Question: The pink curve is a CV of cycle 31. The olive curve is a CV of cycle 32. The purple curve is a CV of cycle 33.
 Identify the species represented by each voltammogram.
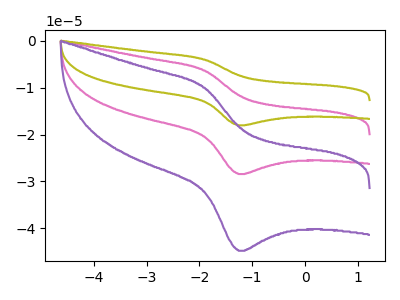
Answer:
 <answer>The pink curve is labeled "cycle 31". The olive curve is labeled "cycle 32". The purple curve is labeled "cycle 33".</answer>
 <eval></eval>